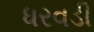
ધરવડી